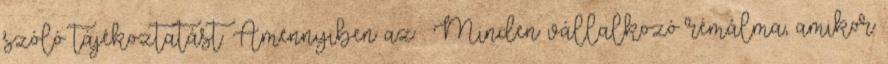
szóló tájékoztatást. Amennyiben az . Minden vállalkozó rémálma, amikor